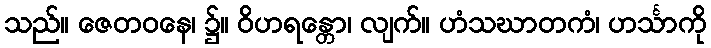
သည်။ ဇေတဝနေ၊ ၌။ ဝိဟရန္တော၊ လျက်။ ဟံသဃာတကံ၊ ဟင်္သာကို